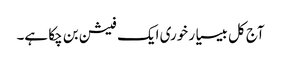
آج کل بیسیا ر خوری ایک فیشن بن چکا ہے۔